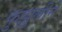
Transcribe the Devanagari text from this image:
फुझुलीने